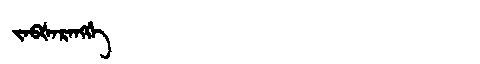
Manchu: ᠵᠠᠪᡧᠠᡵᠠᠩᡤᡝ
Romanization: JABŠARANGGE